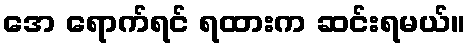
အေ ရောက်ရင် ရထားက ဆင်းရမယ်။